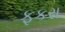
ફકરા